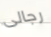
رجالى